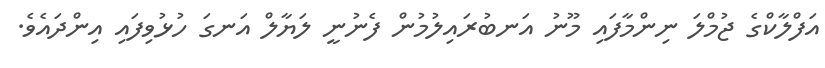
އަފްލާކްގެ ޖުމްލަ ނިންމާފައި މޫނު އަނބުރައިލުމުން ފެނުނީ ލަޔާލް އަނގަ ހުޅުވިފައި އިންދައެވެ.